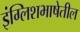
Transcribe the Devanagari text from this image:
इंग्लिशभाषेतील